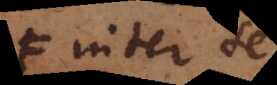
inter se